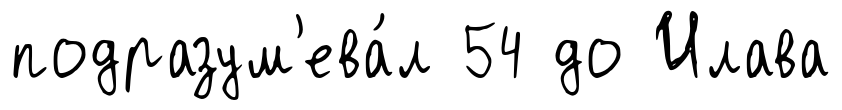
подразум'ева́л 54 до Илава